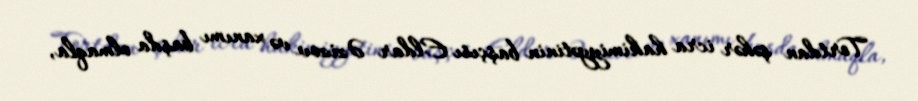
Tortdan şəhər icra hakimiyyətinin başçısı Eldar Əzizov və xanımı başda olmaqla,